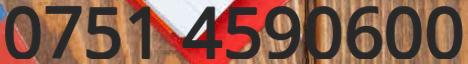
0751 4590600